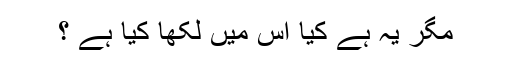
مگر یہ ہے کیا اس میں لکھا کیا ہے ؟